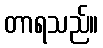
တာရသည်။